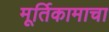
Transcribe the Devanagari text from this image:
मूर्तिकामाचा